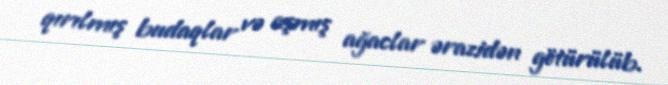
qırılmış budaqlar və aşmış ağaclar ərazidən götürülüb.